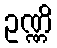
ဥဏ္ဏိ